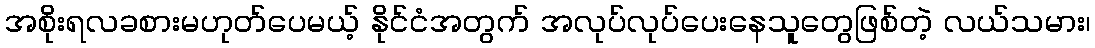
အစိုးရလခစားမဟုတ်ပေမယ့် နိုင်ငံအတွက် အလုပ်လုပ်ပေးနေသူတွေဖြစ်တဲ့ လယ်သမား၊